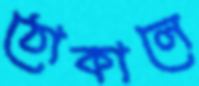
ঠোকালে